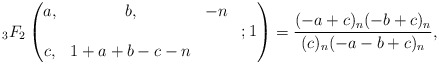
\begin{align*} {}_3F_{2} \begin{pmatrix} a, & b, & -n \\ & & & ; 1 \\ c, & 1+a+b-c-n & & \\ \end{pmatrix} =\frac{(-a+c)_n(-b+c)_n}{(c)_n(-a-b+c)_n}, \end{align*}